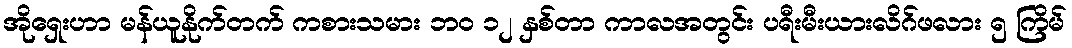
အိုရှေးဟာ မန်ယူနိုက်တက် ကစားသမား ဘ၀ ၁၂ နှစ်တာ ကာလအတွင်း ပရီးမီးယားလိဂ်ဖလား ၅ ကြိမ်